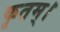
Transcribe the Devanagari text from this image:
कृतम्।